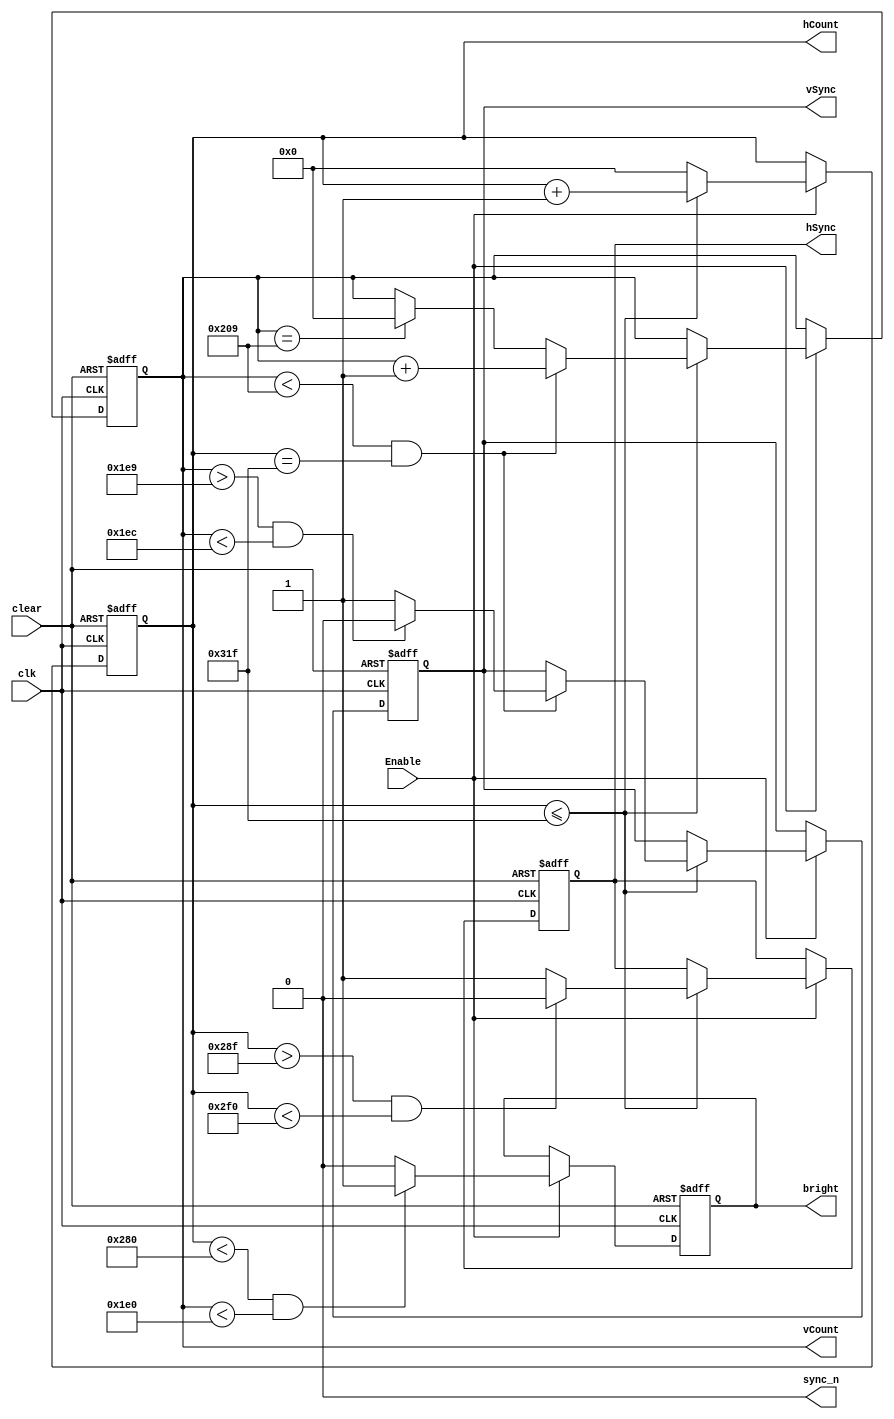
module vgaTiming
(input wire clk, clear, Enable, output reg hSync, vSync, bright, output wire sync_n, output reg [9:0] hCount, vCount);
	assign sync_n = 0;
	parameter hSynLowBound = 10'd655;
	parameter hSynHighBound = 752;
	parameter vSynLowBound = 10'd489;
	parameter vSynHighBound = 492;
	parameter vCountEnd = 521;
	parameter hCountEnd = 799;
	parameter hScreenRes = 640;
	parameter vScreenRes = 480;
	
	always@(negedge clear, posedge clk) begin
		if(~clear) begin		//Set values to where beam will start at top left corner.
			hCount <= hSynLowBound;
			vCount <= vSynLowBound;
			bright <= 0;
			hSync <= 0; //Activate Sync signal
			vSync <= 0; //Activate Sync signal
		end
		else if(Enable) begin	
			if(hCount <= hCountEnd) begin						//Until the beginning of the next line.
				hCount <= hCount + 10'd1;
				if((hCount > hSynLowBound) && (hCount < hSynHighBound)) hSync <= 0;	//tells the "electron beam" when to move back to the left.
				else hSync <= 1;
				if((vCount < vCountEnd) && (hCount == hCountEnd)) begin					//Until we are ready to start the next screen painting.
					vCount <= vCount + 10'd1;
					if((vCount > vSynLowBound) && (vCount < vSynHighBound)) vSync <= 0;	//Tells the "electron beam" when to go back to the top.
					else vSync <= 1;
				end
				else if(vCount == vCountEnd)begin
					vCount <= 0;
				end
				else vCount <= vCount;
			end
			else hCount <= 0;
			
			if((hCount < hScreenRes && vCount < vScreenRes)) bright <= 1;	//When the "electron beam" should be on.
			else bright <= 0;
		end
		else hCount <= hCount;
	end
endmodule